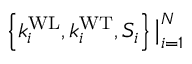
\left\{ k _ { i } ^ { \mathrm { W L } } , k _ { i } ^ { \mathrm { W T } } , S _ { i } \right\} \big | _ { i = 1 } ^ { N }